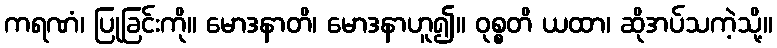
ကရဏံ၊ ပြုခြင်းကို။ မောဒနာတိ၊ မောဒနာဟူ၍။ ဝုစ္စတိ ယထာ၊ ဆိုအပ်သကဲ့သို့။